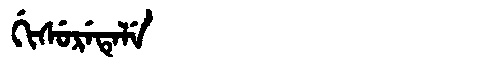
Manchu: ᡤᡳᠰᡠᡵᡝᡨᡝᠯᡝ
Romanization: GISURETELE